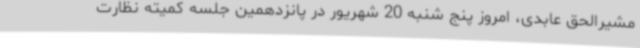
مشیرالحق عابدی، امروز پنج شنبه 20 شهریور در پانزدهمین جلسه کمیته نظارت